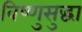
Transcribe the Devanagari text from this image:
विष्णुसुद्धा